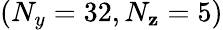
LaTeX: (N_{y}=32,N_{\mathbf{z}}=5)